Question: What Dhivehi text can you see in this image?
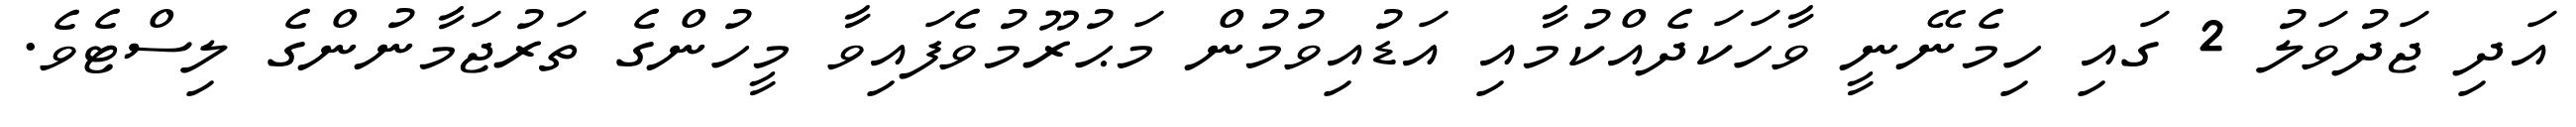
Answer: އަދި ޖަދުވަލު 2 ގައި ހިމެނޭނީ ވާހަކަދެއްކުމާއި އަޑުއިވުމުން މަޙުރޫމުވެފައިވާ މީހުންގެ ތަރުޖަމާނުންގެ ލިސްޓެވެ.